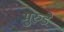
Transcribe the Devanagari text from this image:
मुरुडे